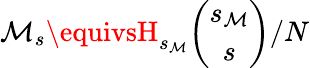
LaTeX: \mathcal{M}_{s}\equivsH_{s_{\mathcal{M}}}{\binom{s_{\mathcal{M}}}{s}}/N